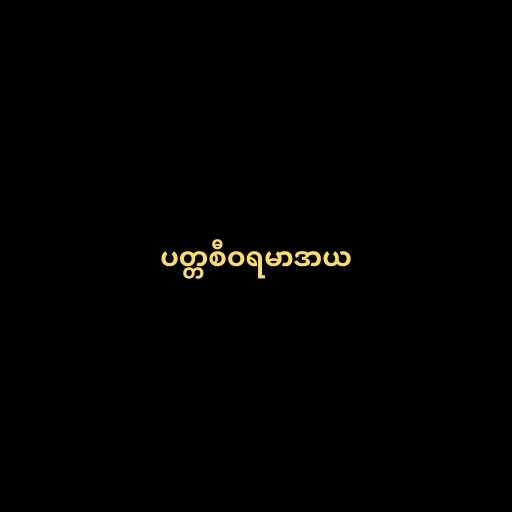
ပတ္တစီဝရမာဒာယ